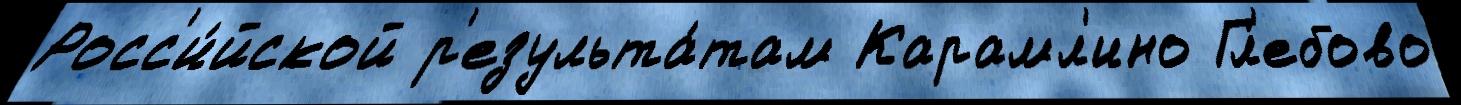
Росс'и́йской р'езульта́там Карамл'ино Гл'ебово